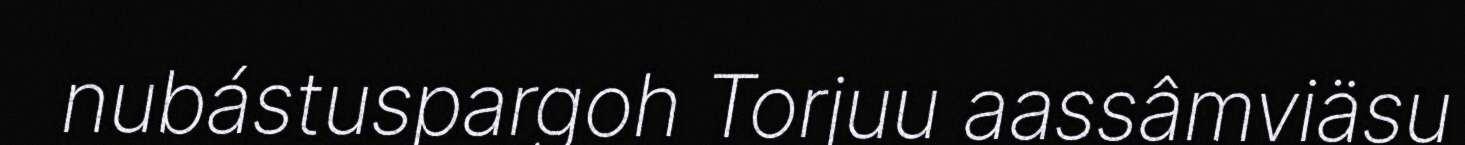
nubástuspargoh Torjuu aassâmviäsu